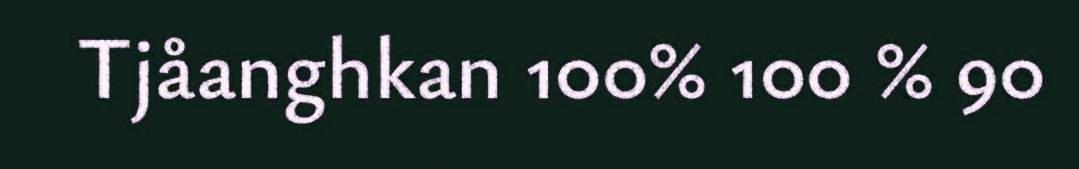
Tjåanghkan 100% 100 % 90